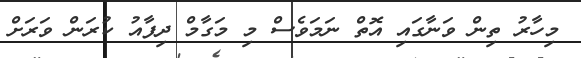
މިހާރު ތިން ވަނާގައި އޮތް ނަމަވެސް މި މަގާމް ދިފާއު ކުރަން ވަރަށް